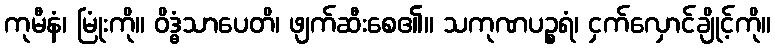
ကုမီနံ၊ မြုံးကို။ ဝိဒ္ဓံသာပေတိ၊ ဖျက်ဆီးစေ၏။ သကုဏပဉ္စရံ၊ ငှက်လှောင်ချိုင့်ကို။